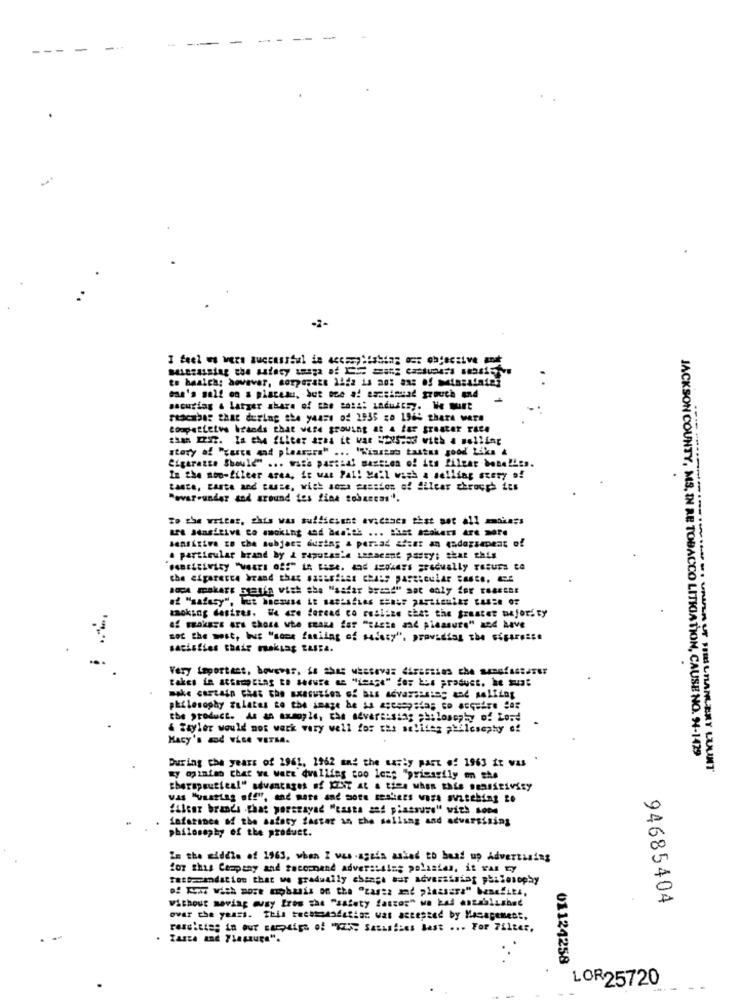
-
to heaich; however, corporate 14da is no: ans of Missataies
one's self on a placesu, but one af eszeincad grouch and
securing & larger share of the sais: industry. We must
rtacabar that during the years of 2935 zo 1965 thara were
competitive brands that were growing at a far greater race
CHAR IESZ. La the filter arna it was 5225.03 with a melling
atory of "raste and pleasure" ... "Wisstab tastes good Liks 4
Cigarette Should" ... with partial martian of its filzer bene!les.
In the moo-filter area, it was Pal! Mell wash & selling stery of
tante, taste and custe, wick soca passion of filcar through its
"ovar.under and around tes fine tobaccas".
To the writer, phis was suffsesent evicases that sor all mokass
LES adasitive co smoking and heniek ... "het atakurs Are more
sensitive to the subject during & persad afear an endozsapent of
a particular brand by & raputanie Lanacant party; that this
the cigarerce brand that sasassist chass particular taste.
soÇA makers matin vish she "asfar brand" soc only for rearter
smoking desires. We are feread co resiize chat the greater majority
af makers are chose whe smaka for ""acte and pleasure" and have
Bof the west, Wus "some fasiing of safety", providing the sépareile
satisfies their making tura.
Very important, however, is ches wherever diceEssas che sumefacturer
make cartato chat che sxecustos of bus advarsusing and selfing
philosophy relates to the seaze be is eseespsias to acquire Com
the product. As an axmuyle, the advertising philosophy of Lord
& Tayler would not wark very well for the salifag philosophy of
Macy's sod vise VETMA.
JACKSON COUNTY, MS, IN RE TOBACCO LITIGATION, CAUSE NO. 94-1429
During the years of 2961. 1962 and the Matty part of 1963 it was
M ============------- UNIPER UT SIBILMANLERY QUINT
wy ogiatan that we were duallies too less "prieasily on the
fulcar brands .that porstayad "casta and piassure" with some
0
infarance of the safety faster in the selling and advertising
philosophy of the product.
In the middle of 1963, when I was .agais asked to head up Advertising
for this Company and focornand adverassing polastas, it was ty
Tato=andation that we gradually chsagt sar adverassing philosophy
0
Without moving musy from the "safety fastos" we had aserblushed
94685404
over the years. This teethonodation was accepted by Management,
rescities in our messige of "EN Satisfies Last ... For Filter,
01124258
LOR25720